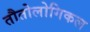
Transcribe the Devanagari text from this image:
तौतोलोगिकल